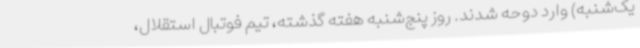
یک‌شنبه) وارد دوحه شدند. روز پنج‌شنبه هفته گذشته، تیم فوتبال استقلال،